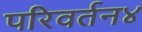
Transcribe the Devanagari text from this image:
परिवर्तन४